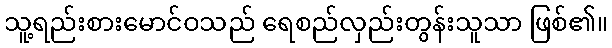
သူ့ရည်းစားမောင်ဝသည် ရေစည်လှည်းတွန်းသူသာ ဖြစ်၏။